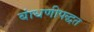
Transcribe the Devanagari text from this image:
बांधणीपद्धत